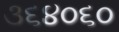
૩૬૪૦૬૦